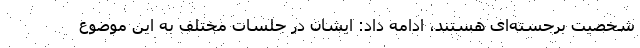
شخصیت برجسته‌ای هستند، ادامه داد: ایشان در جلسات مختلف به این موضوع